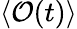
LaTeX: \langle\mathcal{O}(t)\rangle